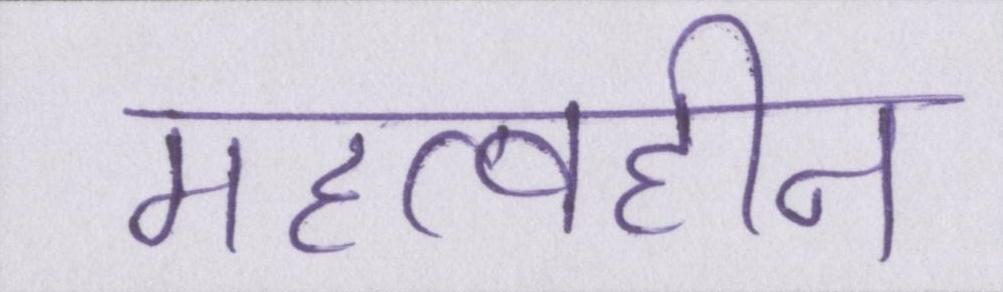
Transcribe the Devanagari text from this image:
महत्वहीन